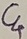
Text: C4